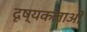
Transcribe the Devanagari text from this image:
दृष्यकलाओं